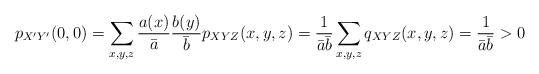
LaTeX: \begin{align*}p_{X'Y'}(0,0) & =\sum_{x,y,z}\frac{a(x)}{\bar{a}}\frac{b(y)}{\bar{b}} p_{XYZ}(x,y,z) = \frac{1}{\bar{a}\bar{b}}\sum_{x,y,z}q_{XYZ}(x,y,z)=\frac{1}{\bar{a}\bar{b}}>0\end{align*}